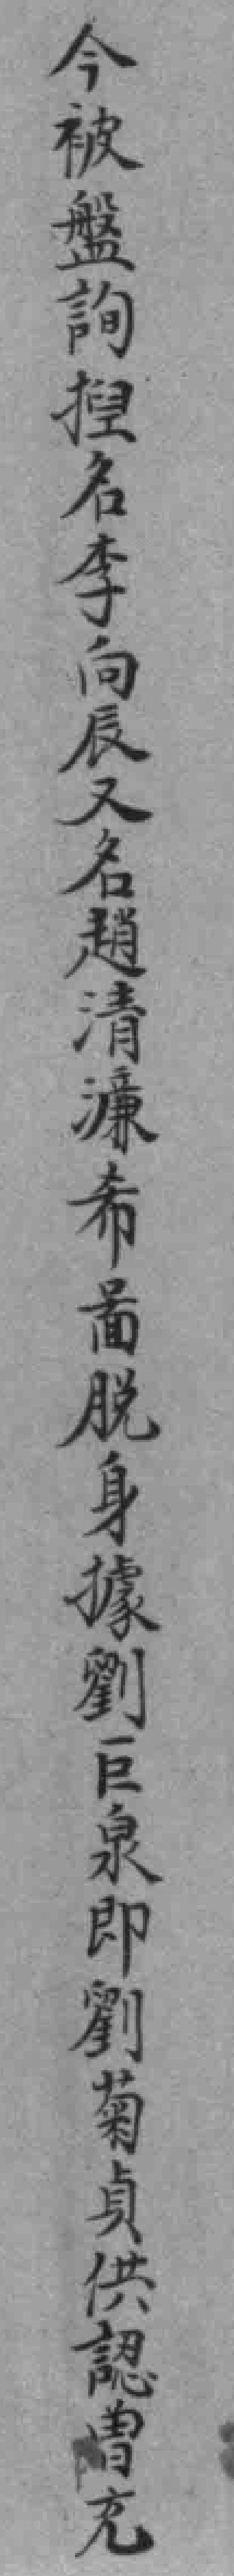
今被盤詢揑名李向辰又名趙清濂希啚脱身據劉巨泉即劉菊貞供認曾充